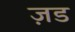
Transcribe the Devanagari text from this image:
ज़ड